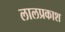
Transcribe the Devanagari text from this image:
लालप्रकाश